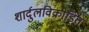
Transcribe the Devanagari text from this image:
शार्दुलविक्रीडित